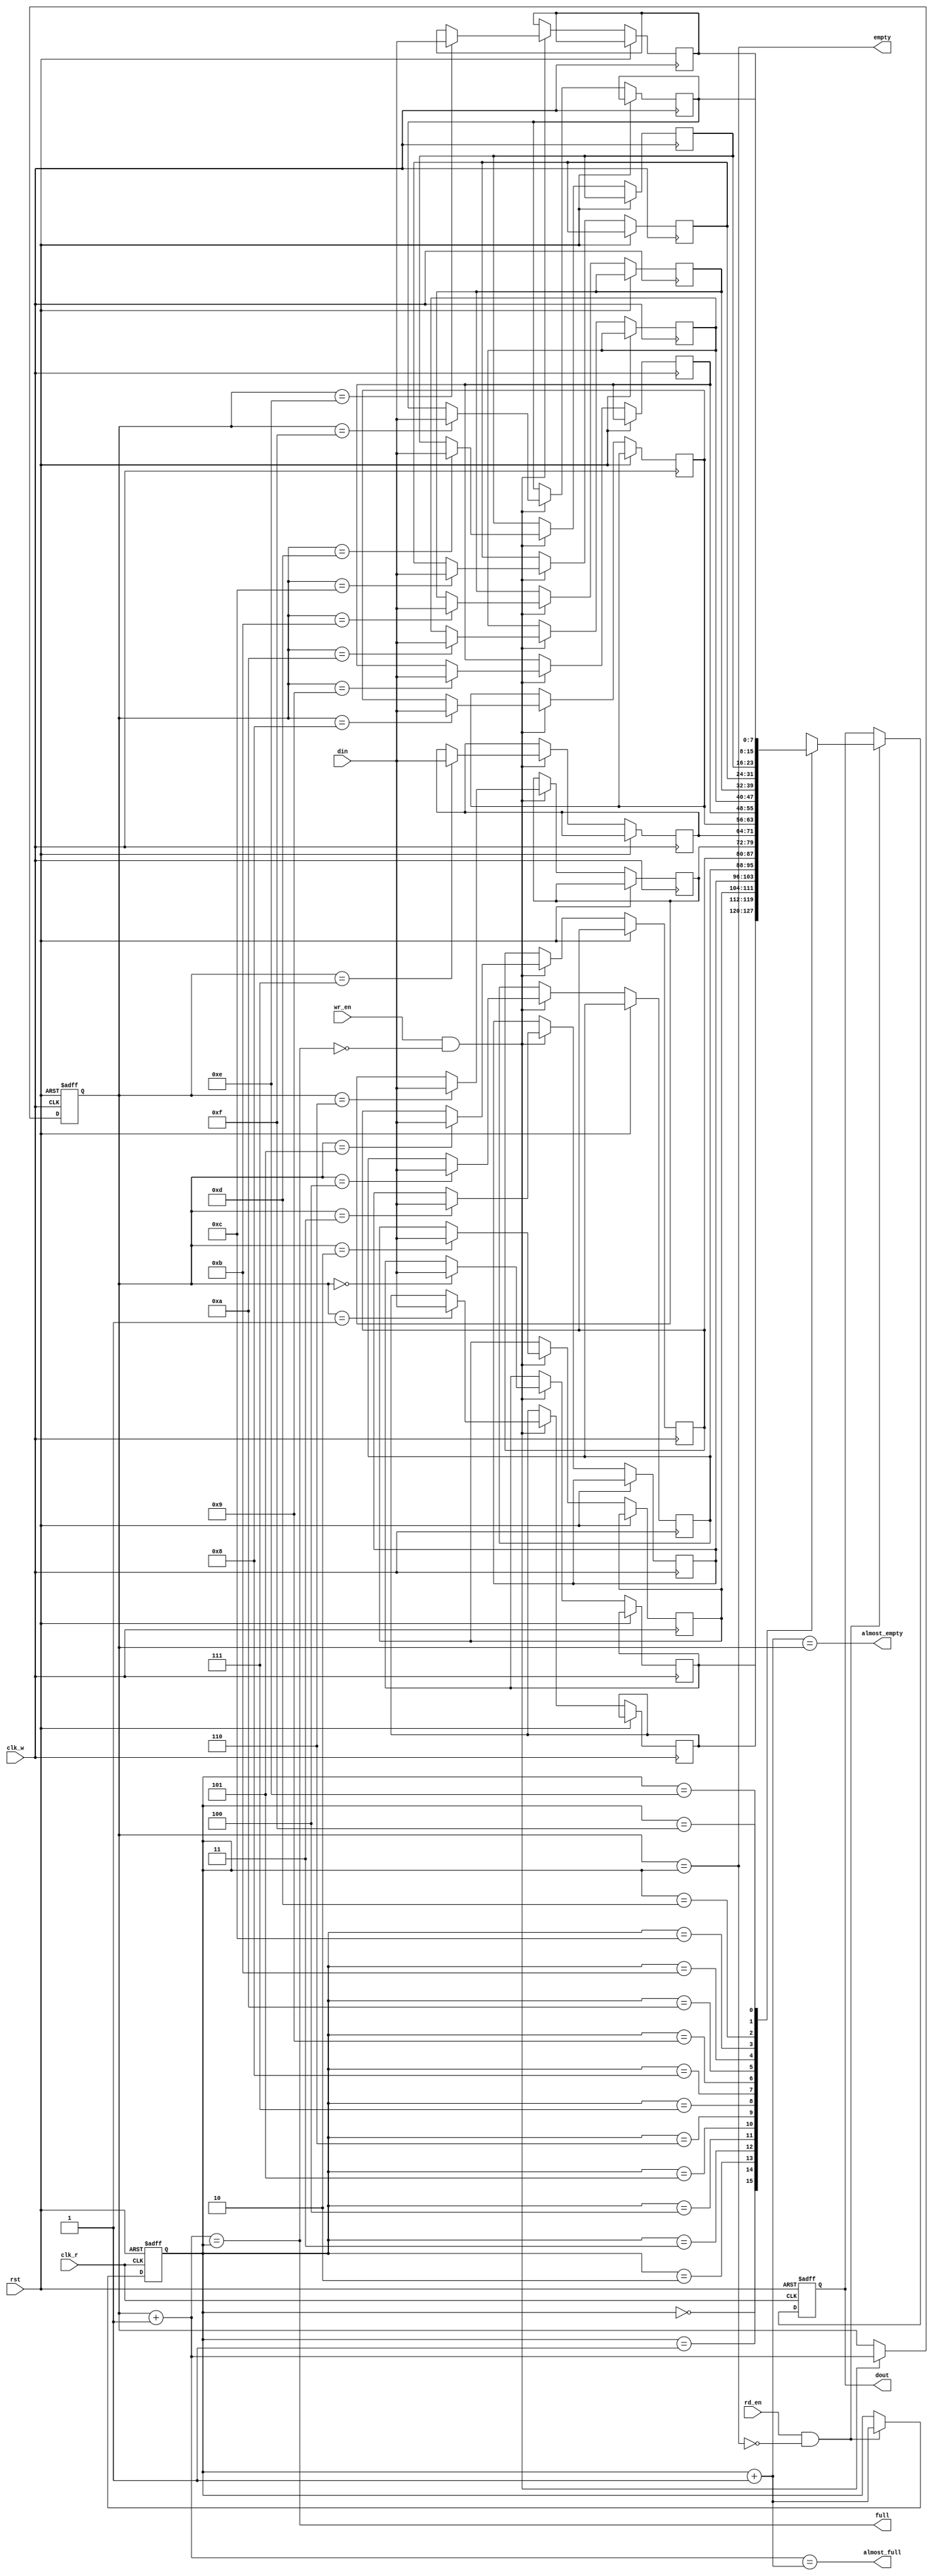
module async_fifo #(
    parameter DATA_WIDTH = 8,   // Width of the data
    parameter FIFO_DEPTH = 16    // Depth of the FIFO (must be a power of 2)
)(
    input wire clk_w,            // Write clock
    input wire clk_r,            // Read clock
    input wire rst,              // Reset signal
    input wire wr_en,            // Write enable
    input wire rd_en,            // Read enable
    input wire [DATA_WIDTH-1:0] din, // Data input
    output reg [DATA_WIDTH-1:0] dout, // Data output
    output reg full,             // Full flag
    output reg empty,            // Empty flag
    output reg almost_full,      // Almost full flag
    output reg almost_empty       // Almost empty flag
);

    // Memory array
    reg [DATA_WIDTH-1:0] fifo_mem [0:FIFO_DEPTH-1];

    // Pointer registers
    reg [clog2(FIFO_DEPTH)-1:0] wp; // Write pointer
    reg [clog2(FIFO_DEPTH)-1:0] rp; // Read pointer

    // Pointer management
    wire [clog2(FIFO_DEPTH)-1:0] wp_next = wp + 1'b1;
    wire [clog2(FIFO_DEPTH)-1:0] rp_next = rp + 1'b1;

    // FIFO status flags
    always @(*) begin
        empty = (wp == rp);
        full = (wp_next == rp);
        almost_full = (wp_next == rp + 1'b1);
        almost_empty = (rp_next == wp);
    end

    // Write operation
    always @(posedge clk_w or posedge rst) begin
        if (rst) begin
            wp <= 0;
        end else if (wr_en && !full) begin
            fifo_mem[wp] <= din;
            wp <= wp_next;
        end
    end

    // Read operation
    always @(posedge clk_r or posedge rst) begin
        if (rst) begin
            rp <= 0;
            dout <= 0;
        end else if (rd_en && !empty) begin
            dout <= fifo_mem[rp];
            rp <= rp_next;
        end
    end

    // Function to calculate log2
    function integer clog2(input integer value);
        begin
            value = value - 1;
            for (clog2 = 0; value > 0; clog2 = clog2 + 1)
                value = value >> 1;
        end
    endfunction

endmodule